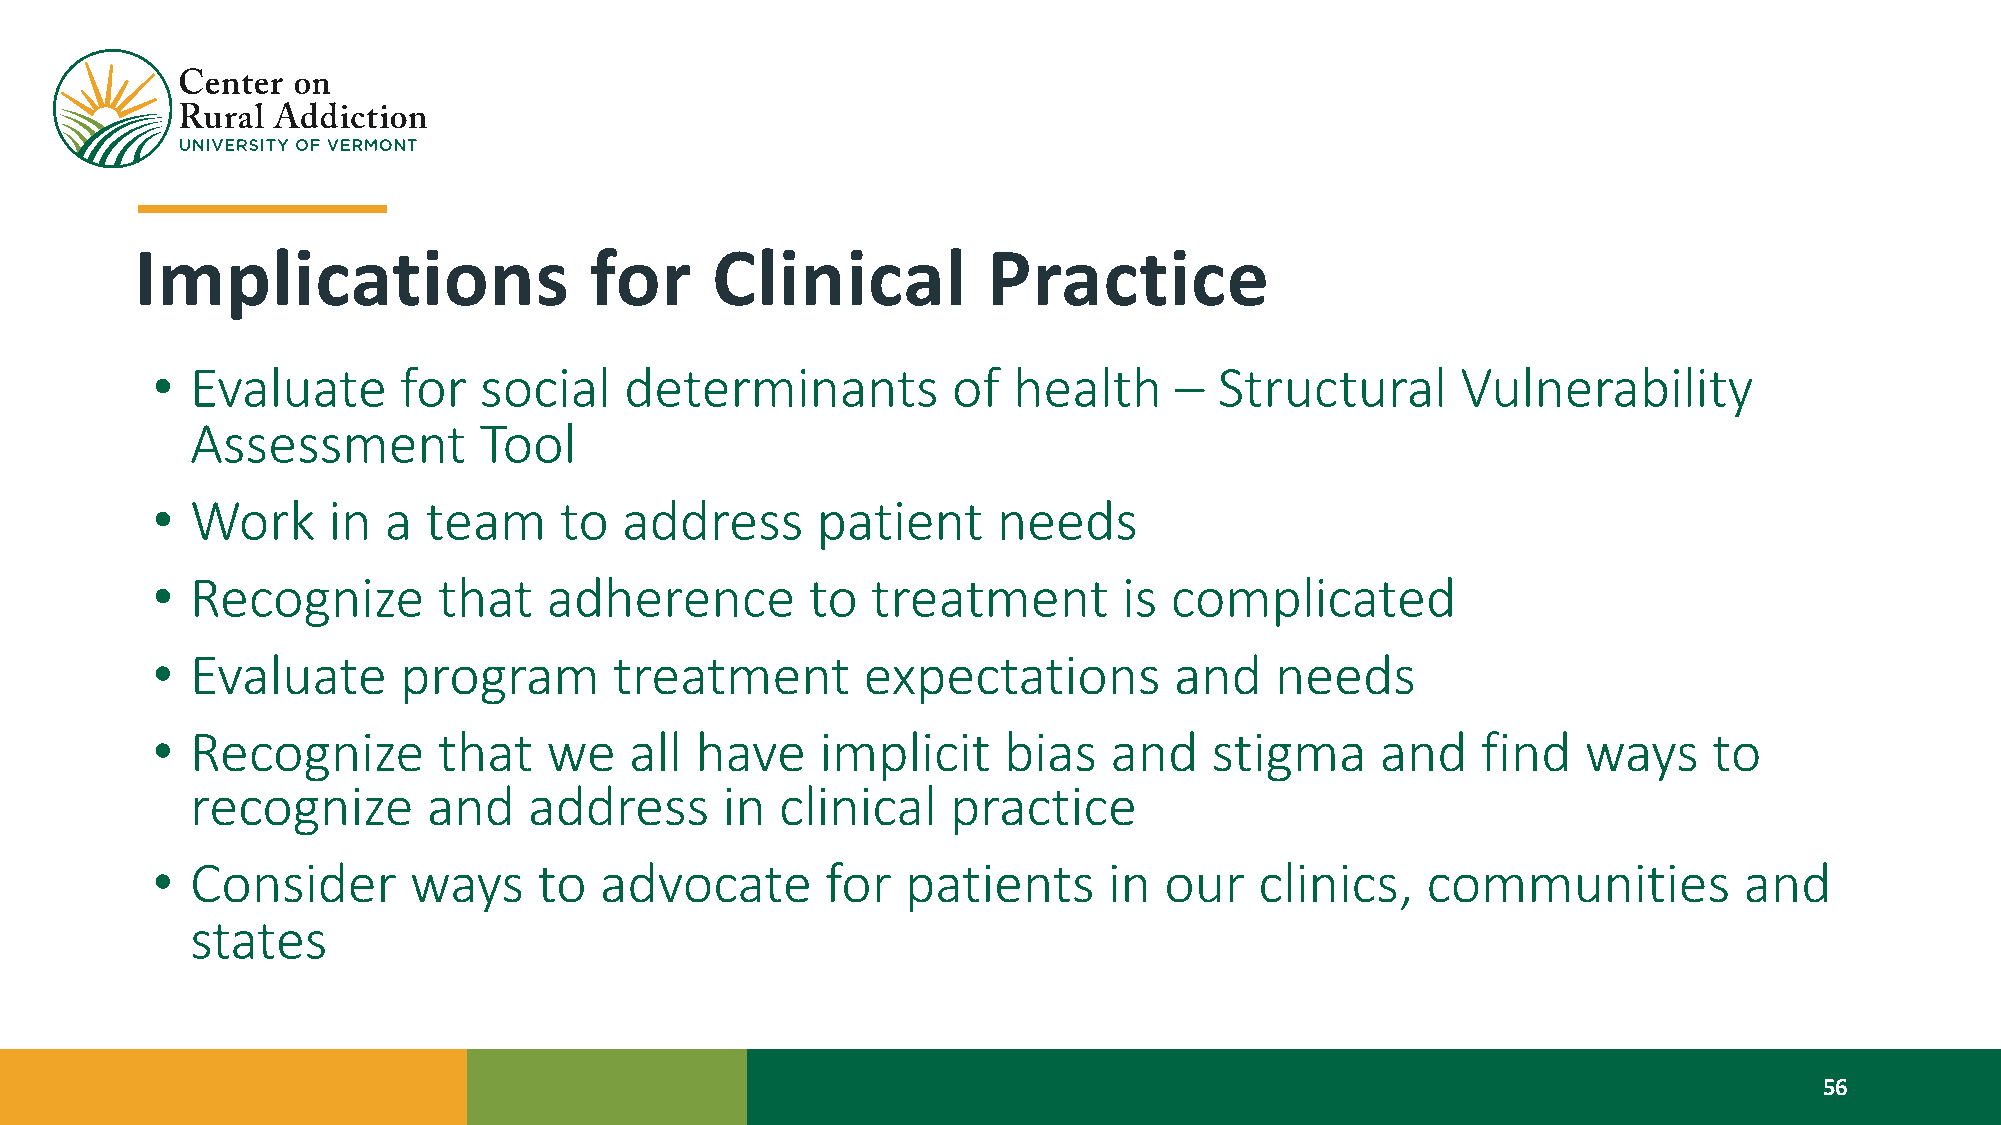
Implications                  for     Clinical          Practice
 •  Evaluate     for   social   determinants          of  health     –  Structural      Vulnerability
 Assessment         Tool
 •  Work     in a  team     to  address      patient     needs
 •  Recognize       that   adherence         to  treatment       is complicated
 •  Evaluate     program        treatment       expectations         and   needs
 •  Recognize       that   we    all have    implicit    bias   and    stigma     and    find   ways    to
 recognize      and    address      in  clinical   practice
 •  Consider      ways     to  advocate       for  patients     in  our   clinics,   communities          and
 states
 56